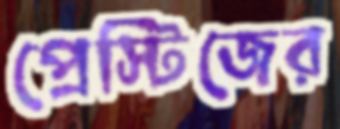
প্রেস্টিজের